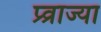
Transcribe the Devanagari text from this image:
प्र्व्राज्या